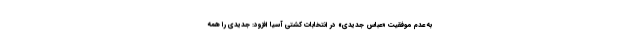
به عدم موفقیت «عباس جدیدی» در انتخابات کشتی آسیا افزود: جدیدی را همه